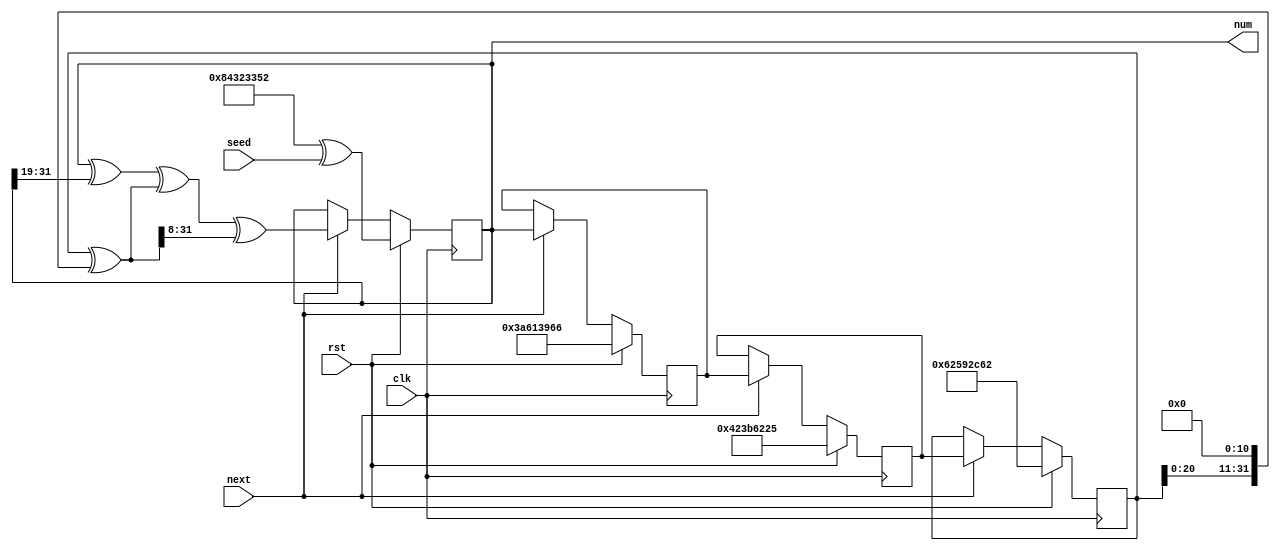
/*
   This file was generated automatically by Alchitry Labs version 1.2.1.
   Do not edit this file directly. Instead edit the original Lucid source.
   This is a temporary file and any changes made to it will be destroyed.
*/

/*
   Parameters:
     SEED = 128h843233523a613966423b622562592c62
*/
module pn_gen_11 (
    input clk,
    input rst,
    input next,
    input [31:0] seed,
    output reg [31:0] num
  );
  
  localparam SEED = 128'h843233523a613966423b622562592c62;
  
  
  reg [31:0] M_x_d, M_x_q = 1'h0;
  reg [31:0] M_y_d, M_y_q = 1'h0;
  reg [31:0] M_z_d, M_z_q = 1'h0;
  reg [31:0] M_w_d, M_w_q = 1'h0;
  
  reg [31:0] t;
  
  always @* begin
    M_w_d = M_w_q;
    M_x_d = M_x_q;
    M_y_d = M_y_q;
    M_z_d = M_z_q;
    
    num = M_w_q;
    t = M_x_q ^ (M_x_q << 4'hb);
    if (next) begin
      M_x_d = M_y_q;
      M_y_d = M_z_q;
      M_z_d = M_w_q;
      M_w_d = M_w_q ^ (M_w_q >> 5'h13) ^ t ^ (t >> 4'h8);
    end
    if (rst) begin
      M_x_d = 32'h62592c62;
      M_y_d = 32'h423b6225;
      M_z_d = 32'h3a613966;
      M_w_d = 32'h84323352 ^ seed;
    end
  end
  
  always @(posedge clk) begin
    M_x_q <= M_x_d;
    M_y_q <= M_y_d;
    M_z_q <= M_z_d;
    M_w_q <= M_w_d;
  end
  
endmodule